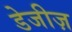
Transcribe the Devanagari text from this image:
डेजीज़